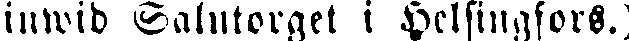
inwid Salutorget i Helsingfors.)